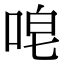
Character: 唣